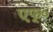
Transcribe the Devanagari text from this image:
एफ्०